King Institute of Preventive Medicine Micro-Biological Section reports 1912-19
Year: 1912
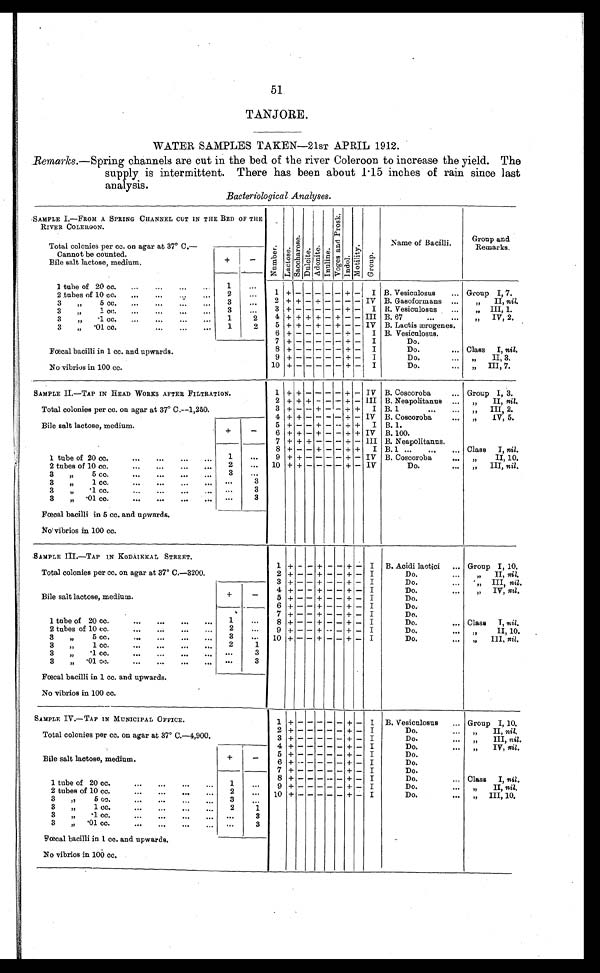
51
TANJORE.
WATER SAMPLES TAKEN—21sT APRIL 1912.
Remarks.—Spring channels are cut in the bed of the river Coleroon to increase the yield. The
supply is intermittent. There has been about 1 . 15 inches of rain since last
analysis.
Bacteriological Analyses.
SAMPLE I.—FROM A SPRING CHANNEL CUT IN THE BED OF THE
RIVER COLEIIOON.
N u m b e r .
Lactose.
Sa c c ha r os e .
D u l c i t e .
A d o n i t e .
I n u l i n e . V o g e s a n d p r o s k . I n d o l .
M o t i l i t y . G r o u p .
Name of Bacilli.
Group and
Remarks.
Total colonies per cc. on agar at 37° C.—
Cannot be counted
Bile salt lactose, medium.
+
-
1 tube of 20 cc.
...
...
...
1
...
1
+ - - - - -
+ -
I B. Vesiculosus
... Group I, 7.
2 tubes of 10 cc.
...
...
...
2
. . .
2 + + - + - - - - IV B. Gasoformans ...
”
II, nil.
3
”5
3
. . .
3 + - - - - - + -
I R. Vesiculosus
...
„ III, 1.
3
,,
1 cc.
...
...
...
...
3
. . .
4 + + + + - + - - III B. 67
...
...
„
IV, 2.
3
,,
.1 cc.
...
...
...
...
1
2
5 + + - + - + - - IV B. Lactis ærogenes.
3”
.01 co. ... ... ...
1
2
6 + - - - - - + -
I B. Vesiculosus.
7 + - - - - - + -
I
Do.
Foecal bacilli in 1 cc. and upwards.
No vibrios in 100 cc.
8 + - - - - - + -
I
Do.
... Class
I, nil.
9 + - - - - - + -
I
Do.
II, 3.
10 + - - - - - - +
-
I
Do.
III, 7.
SAMPLE II. —TAP IN HEAD WORKS AFTER FILTRATION.
Total colonies per cc. on agar at 37° C.--1,250.
1 + + — - - - + -
IV B. Coscoroba
... Group I, 3.
2 + + + - - - + - III B. Neapolitanus ...
„
II, nil.
3 + - - + - - + +
I B. 1
III, 2.
4 + + - - - - + - IV B. Coscoroba
IV, 5.
Bile salt lactose, medium
+
-
5 + - - + - - + +
I B. 1.
6 + + - + - - + + IV B.100.
7 + + + - - - + - III B. Neapolitanus.
1 tube of 20 cc.
...
...
...
. . .
1
...
8 + - - + - - + +
I B.1 ...
...
... Class
I, nil.
9 + + - - - - + - IV B. Coscoroba
II, 10.
10 + + - - - - + - IV
Do.
. . .
„
III, nil,
2 tubes of 10 cc.
...
...
. . . ...
2
...
3
”5 cc.
...
...
...
. . .
3
...
3
1 cc.
...
...
...
. . .
. . .
3
3
„
.1 cc.
...
...
. . . ...
. . .
3
3
„
•01 co.
...
...
...
. . .
. . .
3
Faecal bacilli in 5 cc. and upwards.
No' vibrios in 100 cc.
SAMPLE III.—TAP IN K0DAIKKAL STREET.
Total colonies per cc. on agar at 37° C.—3200.
1 + -
- + - - + - I
B. Acidi lactici
... Group I, 10.
2 + - - + - - + - I
Do.
...
„
II, nil.
3 + - - + - - +- -
I
Do.
...
„ III, nil,
Bile salt lactose, medium.
+
-
4 + - - + - - + - I
Do.
IV, nil.
5 + -- - + - - + - I
Do.
6 +- -
- - +- I
Do.
1 tube of 20 cc.
...
...
...
...
1
7
+ - -
+ - -
+ - I
Do.
8 + - - + - - + - I
Do.
... Class
I, nil,
2 tubes of 10 cc.
. . . ...
...
...
2
. . .
9 + - - + -- - + - I
Do.
II, 10.
3
”
5 cc.
3
. . .
10 + - - + - - + - I
Do.
. . . ”
III, nil,
3
,,
1 cc.
...
...
...
...
2
1
3
” . 1 cc.
...
...
...
...
. . .
3
3
”
• 01 co.
...
...
...
...
. . .
3
Foecal bacilli in 1 cc. and upwards.
No vibrios in 100 cc.
SAMPLE IV.—TAP IN MUNICIPAL OFFICE.
Total colonies per cc. on agar at 37° C.—4,900.
1 +
- - - - -
+ - I
B. Vesiculosus
... Group I, 10.
2 + - - - - - + - I
Do.
II, nil,
3 + - - - - - + - I
Do.
...
„
III, nil.
4 + - - - - - + - I
Do.
IV, nil.
Bile salt lactose, medium.
+
-
5
+ - - - - - + - I
Do.
6 + - - - - - + - I
Do.
7 + - - - - - + - I
Do.
1 tube of 20 cc.
1
. . .
8 + - - - - - + - I
Do.
... Class
I, nil.
9 +
- - - - + - I
Do.
II, nil.
2 tubes of 10 cc.
...
...
...
...
2
. . .
10 + - - - - - + - I
Do.
...
„
III, 10.
3
,,
5 cc.
...
...
...
3
...
3
”
1 cc.
...
...
...
2
1
3
„
.1 cc.
...
. . .
3
3
„
.01 cc. ... ... ... ...
. . .
3
Foetal bacilli in 1 cc. and upwards.
No vibrios in 100 cc.